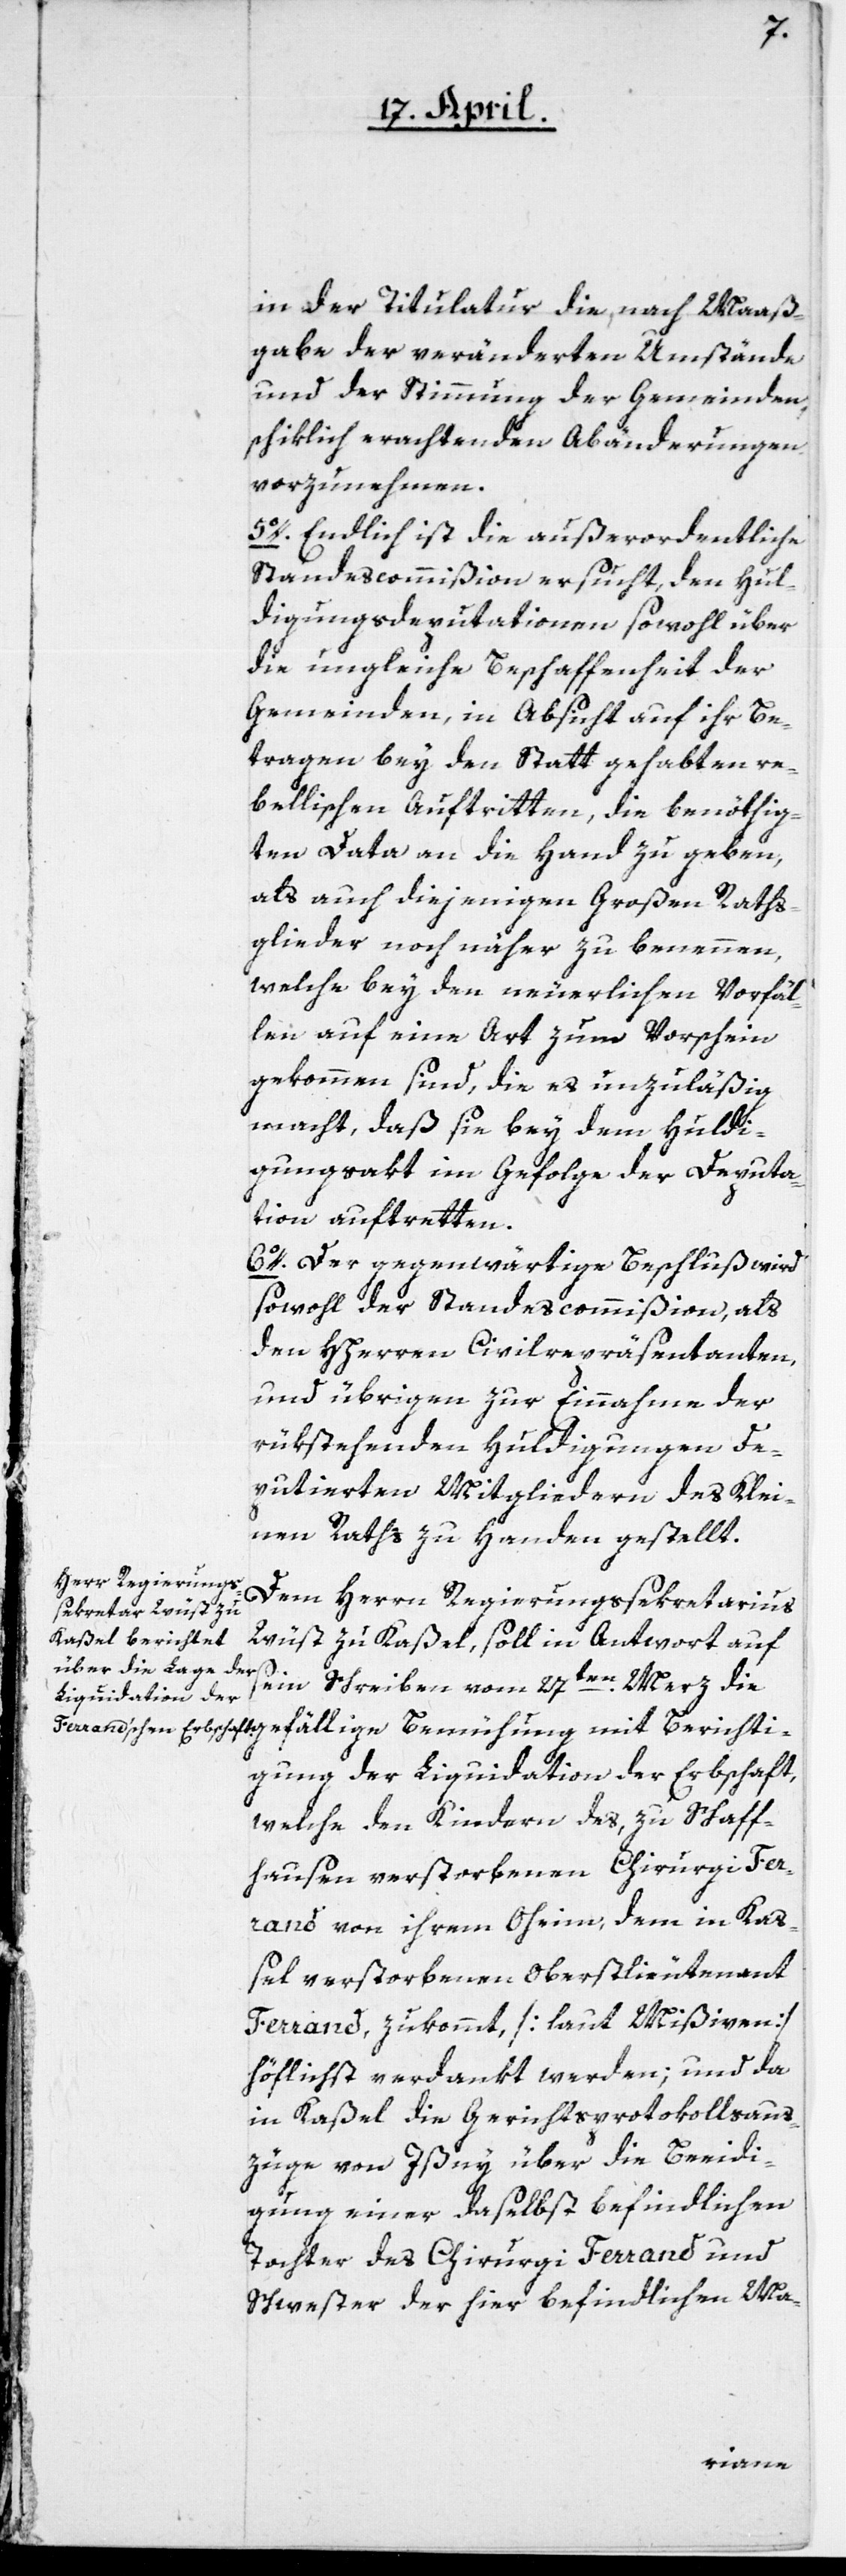
mit Bericht¬
in der Titulatur die nach Maaß¬
gabe der veränderten Umstände
und der Stimmung der Gemeinden,
schiklich erachtenden Abänderungen
vorzunehmen.
5o. Endlich ist die außerordentliche
Standescommißion ersucht, den Hul¬
digungs-Deputationen sowohl über
die ungleiche Beschaffenheit der
Gemeinden, in Absicht auf ihr Be¬
tragen bey den Statt gehabten re¬
bellischen Auftritten, die benöthig¬
ten Data an die Hand zu geben,
als auch diejenigen Großen Raths¬
glieder noch näher zu benennen,
welche bey den neuerlichen Vorfäl¬
len auf eine Art zum Vorschein
gekommen sind, die es unzuläßig
macht, daß sie bey dem Huldi¬
gungsakt im Gefolge der Deputa¬
tion auftretten.
6o. Der gegenwärtige Beschluß wird
sowohl der Standescommißion, als
den HHerren Civilrepräsentanten,
und übrigen zur Einnahme der
rükstehenden Huldigungen De¬
putierten Mitgliedern des Klei¬
nen Raths zu Handen gestellt.
Dem Herrn Regierungssekretarius
Wüst zu Kaßel, soll in Antwort auf
sein Schreiben vom 27ten Merz die
igung der Liquidation der Erbschaft,
welche den Kindern des, zu Schaff¬
hausen verstorbenen Chirurgi Fer¬
rand von ihrem Oheim, dem in Kaß¬
el verstorbenen Oberstlieutenant
Ferrand zukommt (laut Mißiven)
höflichst verdankt werden; und da
in Kaßel die Gerichtsprotokollsaus¬
züge von Ißny über die Beeidi¬
gung einer daselbst befindlichen
Tochter des Chirurgi Ferrand und
Schwester der hier befindlichen Ma-